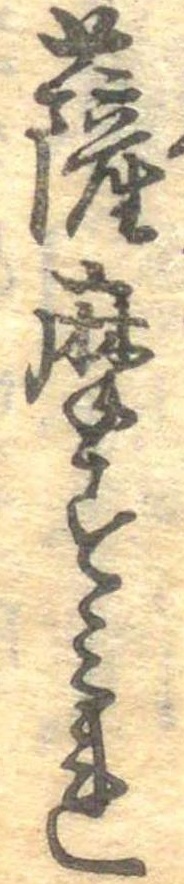
薩摩すみれ